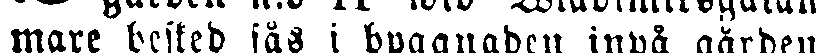
mare besked fås byggnaden inpå gården